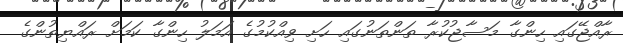
ރާއްޖޭގައި ހިންގާ މަސާޖުކުރާ ތަންތަނުގައި ހަށި ވިއްކުމުގެ އަމަލު ހިންގާ ކަމަށް ރައްޔިތުންގެ